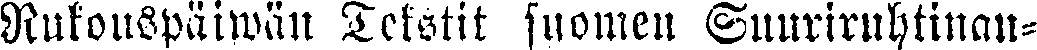
Rukouspäiwän tekstit suomen Suuriruhtinan-